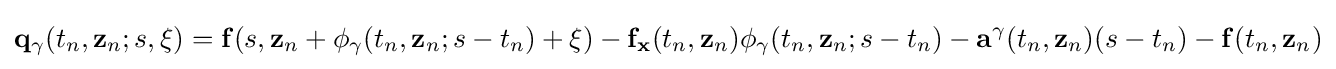
\mathbf {q} _{\gamma }(t_{n},\mathbf {z} _{n};s\mathbf {,\xi } )=\mathbf {f} (s,\mathbf {z} _{n}+\mathbf {\phi } _{\gamma }(t_{n},\mathbf {z} _{n};s-t_{n})+\mathbf {\xi } )-\mathbf {f} _{\mathbf {x} }(t_{n},\mathbf {z} _{n})\mathbf {\phi } _{\gamma }(t_{n},\mathbf {z} _{n};s-t_{n})-\mathbf {a} ^{\gamma }(t_{n},\mathbf {z} _{n})(s-t_{n})-\mathbf {f} (t_{n},\mathbf {z} _{n})